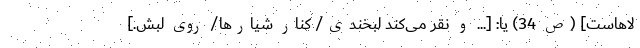
لاهاست] (ص 34) یا: [... و نقر می‌کند لبخندی/ کنار شیارها/ روی لبش.]